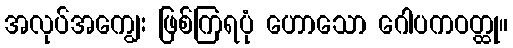
အလုပ်အကျွေး ဖြစ်ကြရပုံ ဟောသော ဂေါပကဝတ္ထု။